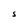
Character: S